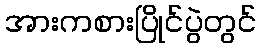
အားကစားပြိုင်ပွဲတွင်